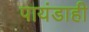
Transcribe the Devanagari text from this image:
पायंडाही